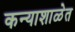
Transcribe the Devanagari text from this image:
कन्याशाळेत